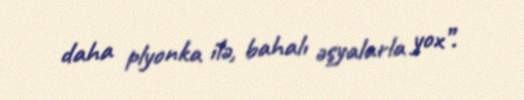
daha plyonka ilə, bahalı əşyalarla yox”.